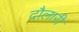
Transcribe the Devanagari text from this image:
दौलारी